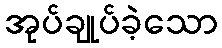
အုပ်ချုပ်ခဲ့သော